Problem: 7 + 6 = ?
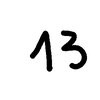
Handwritten answer: 13